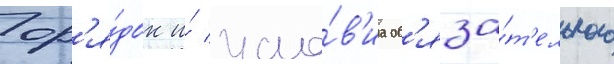
Пор'я́док и́ усло́в'иа об'яза́т'ельного